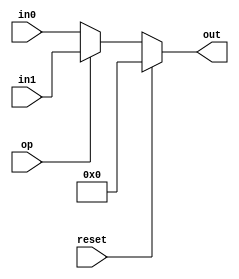
module two_way_mux_component(in0, in1, op, reset, out);

input [15:0] in0;
input [15:0] in1;
input op;
input reset;

output reg [15:0] out;


always @(in0 or in1 or op or reset)
begin
	// //$display("op: %d, in0: %d, in1: %d", op, in0, in1);
	if (reset) begin
		out <= 0;
	end else if (op == 0) begin
		out <= in0;
	end else begin
		out <= in1;
	end
end

endmodule